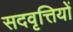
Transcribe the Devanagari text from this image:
सदवृत्तियों